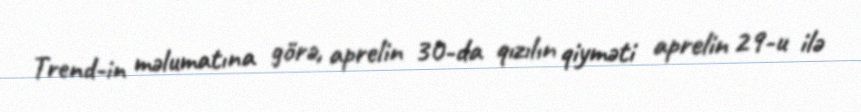
Trend-in məlumatına görə, aprelin 30-da qızılın qiyməti aprelin 29-u ilə